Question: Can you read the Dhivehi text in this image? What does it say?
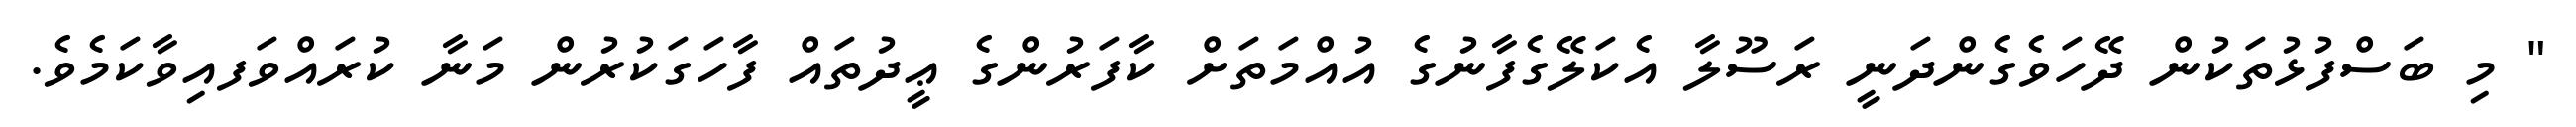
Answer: " މި ބަސްފުޅުތަކުން ދޭހަވެގެންދަނީ ރަސޫލާ އެކަލޭގެފާނުގެ އުއްމަތަށް ކާފަރުންގެ ޢީދުތައް ފާހަގަކުރުން މަނާ ކުރައްވަފއިވާކަމެވެ.